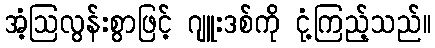
အံ့ဩလွန်းစွာဖြင့် ဂျူးဒစ်ကို ငုံ့ကြည့်သည်။